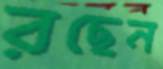
রছেন